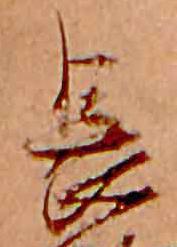
長